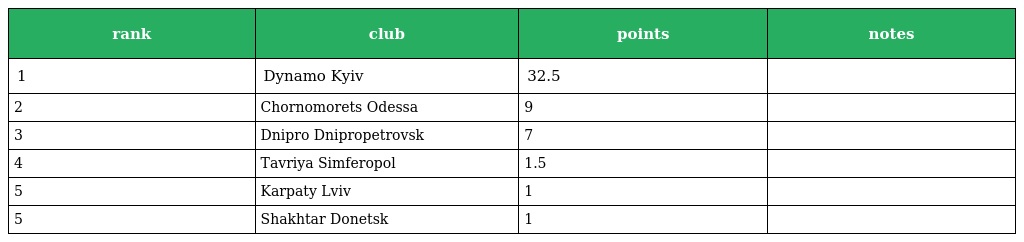
| rank | club | points | notes |
 | --- | --- | --- | --- |
 | 1 | Dynamo Kyiv | 32.5 |  |
 | 2 | Chornomorets Odessa | 9 |  |
 | 3 | Dnipro Dnipropetrovsk | 7 |  |
 | 4 | Tavriya Simferopol | 1.5 |  |
 | 5 | Karpaty Lviv | 1 |  |
 | 5 | Shakhtar Donetsk | 1 |  |